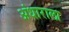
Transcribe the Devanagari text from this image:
अंधाराला